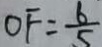
O F = \frac { 6 } { 5 }